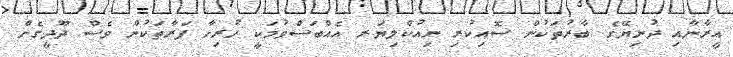
އީރާނާއި ދުނިޔޭގެ ބާރުތަކުން ސޮއިކުރި ނިއުކްލިޔަރ އެއްބަސްވުމަކީ ހުރިހާ ފަރާތަކުން ވެސް ދޫދީގެން